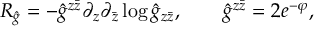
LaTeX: R _ { \hat { g } } = - { \hat { g } } ^ { z \bar { z } } \partial _ { z } \partial _ { \bar { z } } \log { \hat { g } } _ { z \bar { z } } , \qquad \hat { g } ^ { z \bar { z } } = 2 e ^ { - \varphi } ,